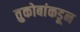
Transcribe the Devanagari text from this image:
तुकोबांकडून